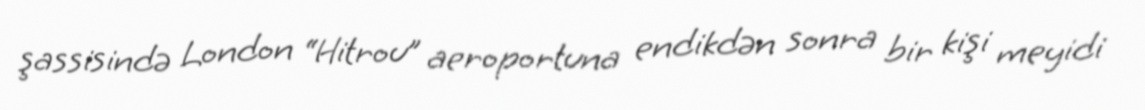
şassisində London “Hitrou” aeroportuna endikdən sonra bir kişi meyidi